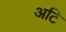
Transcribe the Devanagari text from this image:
अटि